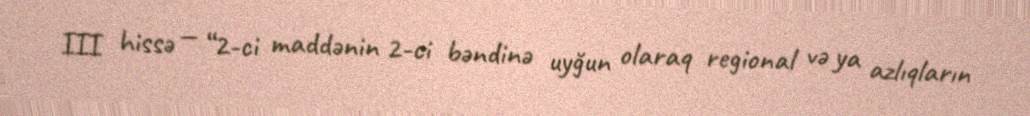
III hissə — “2-ci maddənin 2-ci bəndinə uyğun olaraq regional və ya azlıqların